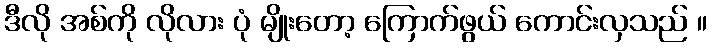
ဒီလို အစ်ကို လိုလား ပုံ မျိုးတော့ ကြောက်ဖွယ် ကောင်းလှသည် ။